Medical and sanitary report of the native army of Bengal for the year
Year: 1878
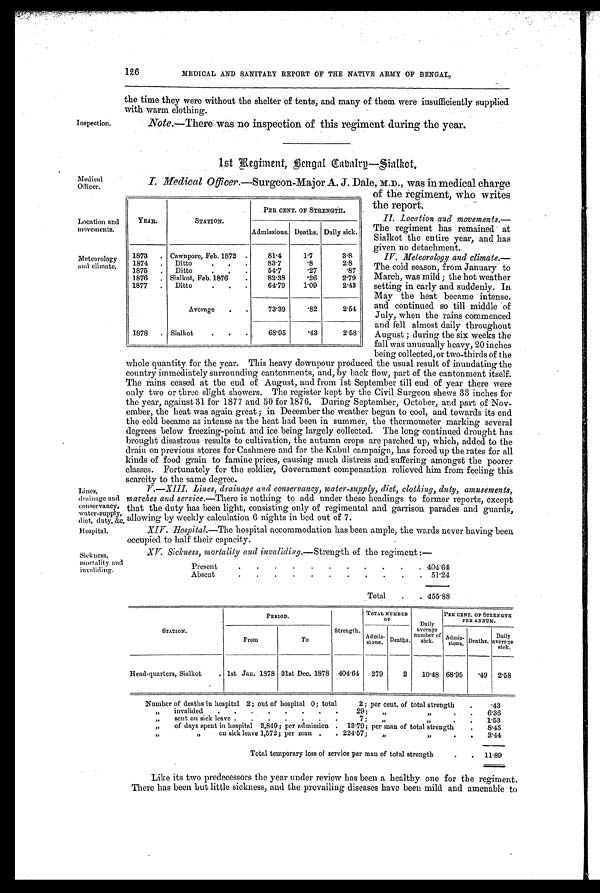
Lines,
drainage and
conservancy,
water-supply,
diet, duty, &c,
Hospital.
Sickness,
mortality and invaliding.
Inspection.
126
MEDICAL AND SANITARY REPORT OF THE NATIVE ARMY OF BENGAL,
the time they were without the shelter of tents, and many of them were insufficiently supplied
with warm clothing.
Note.—There was no inspection of this regiment during the year.
Medical
Officer.
Location and
movements.
Meteorology
and climate.
1st Regiment, Bengal Cavalry—Sialkot.
I. Medical Officer.—Surgeon-Major A. J. Dale, M.D., was in medical charge
of the regiment, who writes
the report.
II. Location and movements.
— T h e r e g i m e n t h a s r e m a i n e d a t
Sialkot the entire year, and has
given no detachment.
IV. Meteorology and climate
.—The cold season, from January to
March, was mild ; the hot Weather
setting in early and suddenly. In
May the heat became intense.
and continued so till middle of
July, when the rains commenced
and fell almost daily throughout
August ; during the six weeks the
fall was unusually heavy, 20 inches
being collected, or two-thirds of the
whole quantity for the year. This heavy downpour produced the usual result of inundating the
country immediately surrounding cantonments, and, by back flow, part of the cantonment itself.
The rains ceased at the end of August, and from 1st September till end of year there were
only two or three slight showers. The register kept by the Civil Surgeon shews 33 inches for
the year, against 31 for 1877 and 50 for 1876. During September, October, and part of Nov
- ember , t he heat was agai n gr eat ; i n December t he weat her began t o cool , and t owar ds i t s end
the cold became as intense as the heat had been in summer, the thermometer marking several
degrees below freezing-point and ice being largely collected. The long continued drought has
brought disastrous results to cultivation, the autumn crops are parched up, which, added to the
drain on previous stores for Cashmere and for the Kabul campaign, has forced up the rates for all
kinds of food grain to famine prices, causing much distress and suffering amongst the poorer
classes. Fortunately for the soldier, Government compensation relieved him from feeling this
scarcity to the same degree.
V.—XIII. Lines, drainage and conservancy, water-supply, diet, clothing, duty, amusements,
marches and service. —There is nothing to add under these headings to former reports, except
that the duty has been light, consisting only of regimental and garrison parades and guards,
allowing by weekly calculation 6 nights in bed out of 7.
XIV. Hospital.—The hospital accommodation has been ample, the wards never having been
occupied to half their capacity.
XV. Sickness mortality and invaliding. —Strength of the regiment :—
Present
.
. .
.
.
.
. .
.
.
. 404.64
Absent
. .
.
.
. .
. . .
.
. 51.24
Total
. . 455.88
YEAR.
STATION.
PER CENT. OF STRENGTH.
Admissions. Deaths. Daily sick.
1873 . Cawnpore, Feb. 1872 .
81.4
1.7
3.8
1874 . Ditto
. . .
83.7
.8
2.8
1875 . Ditto
. . .
54.7
.27
.87
1876 . Sialkot, Feb. 1876
.
82.38
.26
2.79
1877 . Ditto
. . .
64.79
1.09
2.43
Average
73.39
.82
2.54
1.878 . Sialkot
.
.
.
68.95
.43
2.58
STATION.
PERIOD.
Strength.
TOTAL NUMBER
O F
Daily
a v e r a g e n u m b e r o f
sick.
PER CENT. OF STRENGTH
PER ANNUM.
From
To
-
Admis- sions. Deaths.
Admis- sions. Deaths.
D a i l y
a ve r a ge sick.
Head-quarters, Sialkot
. 1st Jan. 1878 31st Dec. 1878 404.64 279
2 10.48 68.95 .49 2.58
Number of deaths in hospital 2; out of hospital 0; total
2 ; per cent. of total strength
.
.43
„
invalided . . . . . . . .
29 ; „ „
.
. 6 . 3 6
„ sent on sick leave . . . . . . .
7 ;
„ „
. . 1.53
„ of days spent in hospital 3,849; per admission . 13.79 ; per man of total strength
. 8 . 4 5
„ „
on sick leave 1,572 ; per man . . 224.57 ;
„
,,
. . 3.44
Total temporary loss of service per man of total strength
. . 1 1 . 8 9
Like its two predecessors the year under review has been a healthy one for the regiment.
There has been but little sickness, and the prevailing diseases have been mild and amenable to